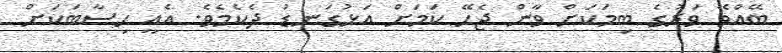
ބޭއްވޭ ވަރުގެ ބިމަކަށް ވާން ޖެހޭ ކަމަށް އަޅުގަނޑު ދެކެމެވެ. އެއީ ހިސާބަކަށް